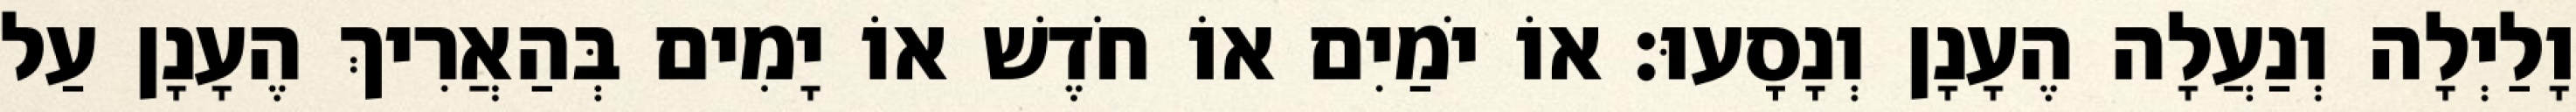
וָלַיְלָה וְנַעֲלָה הֶעָנָן וְנָסָעוּ׃ אוֹ יֹמַיִם אוֹ חֹדֶשׁ אוֹ יָמִים בְּהַאֲרִיךְ הֶעָנָן עַל